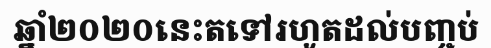
ឆ្នាំ២០២០នេះតទៅរហូតដល់បញ្ចប់